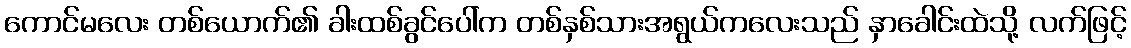
ကောင်မလေး တစ်ယောက်၏ ခါးထစ်ခွင်ပေါ်က တစ်နှစ်သားအရွယ်ကလေးသည် နှာခေါင်းထဲသို့ လက်ဖြင့်